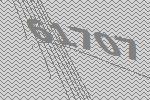
61707